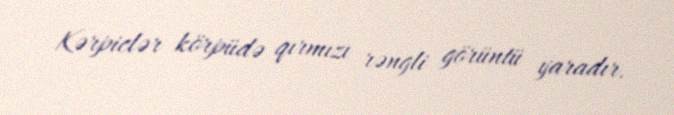
Kərpiclər körpüdə qırmızı rəngli görüntü yaradır.